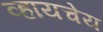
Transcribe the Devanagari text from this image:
व्हायचेय